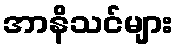
အာနိသင်များ